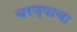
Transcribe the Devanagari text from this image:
चरण्याचा